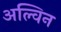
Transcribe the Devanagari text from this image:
अल्विन